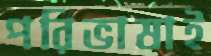
পরিভাষাই